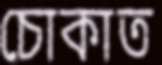
চোকাত